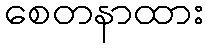
စေတနာထား